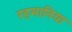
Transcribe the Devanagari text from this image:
रहमानिया